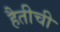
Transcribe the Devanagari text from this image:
हैतीची